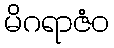
မိဂရာဇံဝ